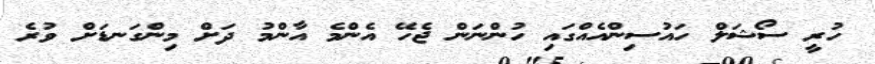
ހުރީ ސޯޝަލް ހައުސިންއެއްގައި ހުންނަން ޖެހޭ އެންމެ އާންމު ދަށް މިންގަނޑަށް ވުރެ